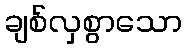
ချစ်လှစွာသော